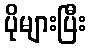
ပိုများပြီး